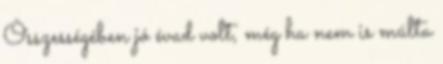
Összességében jó évad volt, még ha nem is múlta